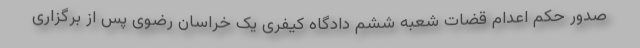
صدور حکم اعدام قضات شعبه ششم دادگاه کیفری یک خراسان رضوی پس از برگزاری